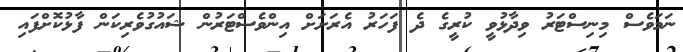
ނަމަވެސް މިނިސްޓަރު ވިދާޅުވީ ކުރީގެ ދެ ފަހަރު އެރަށަށް އިންވެސްޓަރުން ޝައުގުވެރިކަން ފާޅުކޮށްފައި